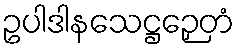
ဥပါဒါနသေဋ္ဌဉှေတံ